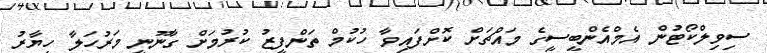
ސިވިލްކޯޓުން އެމްއެންބީސީގެ މައްޗަށް ކޮށްފައިވާ ހުކުމް ތަންފީޒު ކުރުމަށް ގާނޫނީ މަރުހަލާ ހިޔާރު